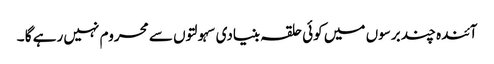
آئندہ چند برسوں میں کوئی حلقہ بنیادی سہولتوں سے محروم نہیں رہے گا ۔